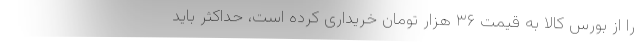
را از بورس کالا به قیمت ۳۶ هزار تومان خریداری کرده است، حداکثر باید